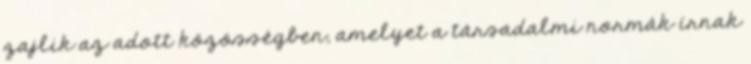
zajlik az adott közösségben, amelyet a társadalmi normák írnak